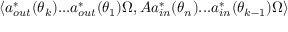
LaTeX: \left\langle a _ { o u t } ^ { \ast } ( \theta _ { k } ) . . . a _ { o u t } ^ { \ast } ( \theta _ { 1 } ) \Omega , A a _ { i n } ^ { \ast } ( \theta _ { n } ) . . . a _ { i n } ^ { \ast } ( \theta _ { k - 1 } ) \Omega \right\rangle